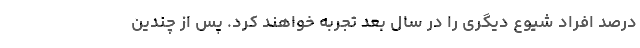
درصد افراد شیوع دیگری را در سال بعد تجربه خواهند کرد. پس از چندین